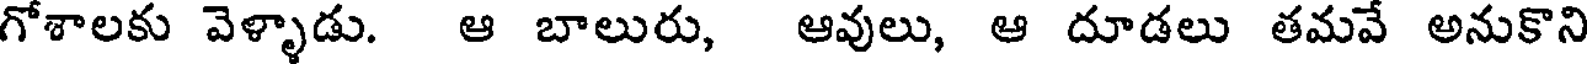
గోశాలకు వెళ్ళాడు. ఆ బాలురు, ఆవులు, ఆ దూడలు తమవే అనుకొని